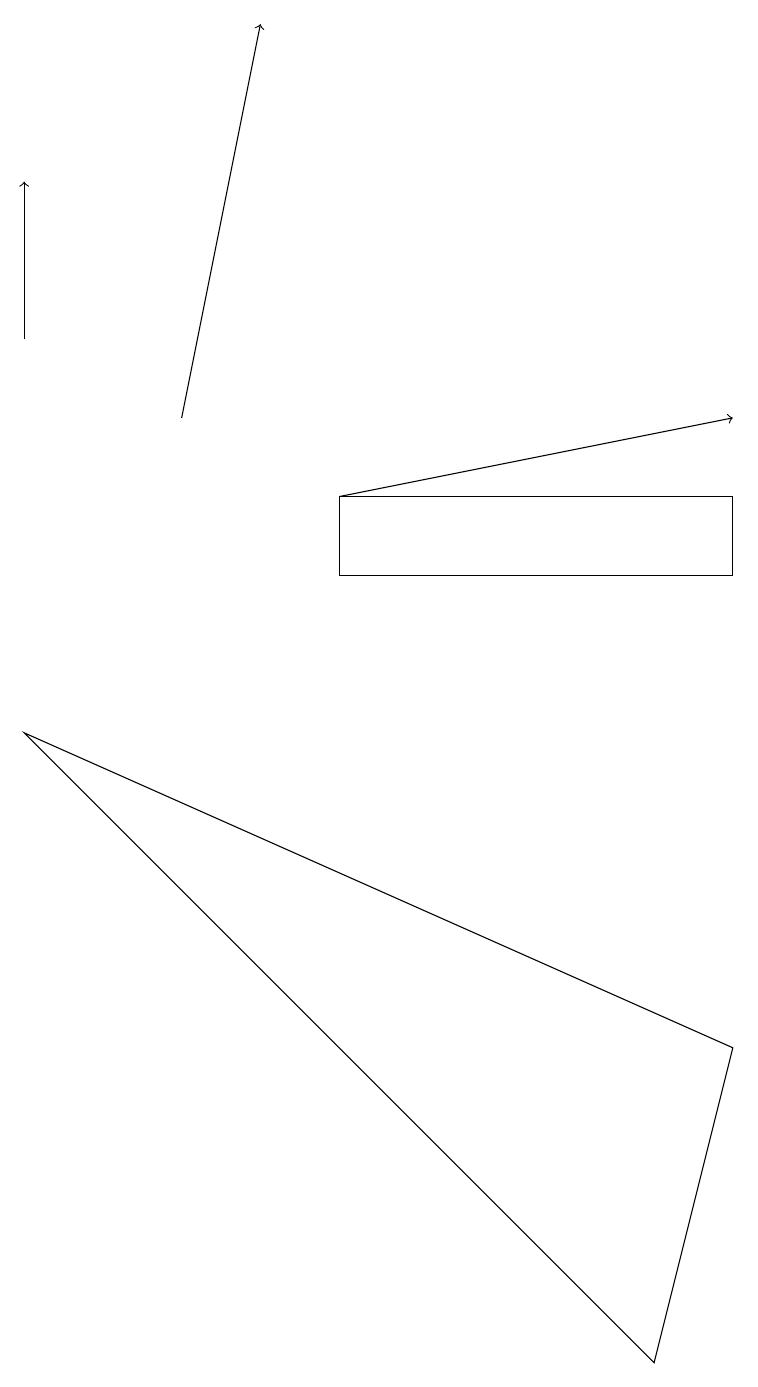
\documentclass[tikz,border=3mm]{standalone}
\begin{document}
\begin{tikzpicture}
\draw (9,4) -- (0,8) -- (8,0) -- cycle;
\draw[->] (4,11) -- (9,12);
\draw[->] (2,12) -- (3,17);
\draw (9,10) rectangle (4,11);
\draw[->] (0,13) -- (0,15);
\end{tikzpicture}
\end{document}